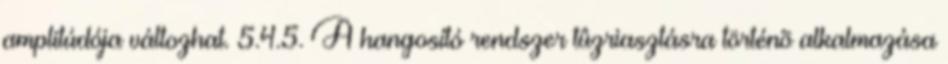
amplitúdója változhat. 5.4.5. A hangosító rendszer tûzriasztásra történõ alkalmazása